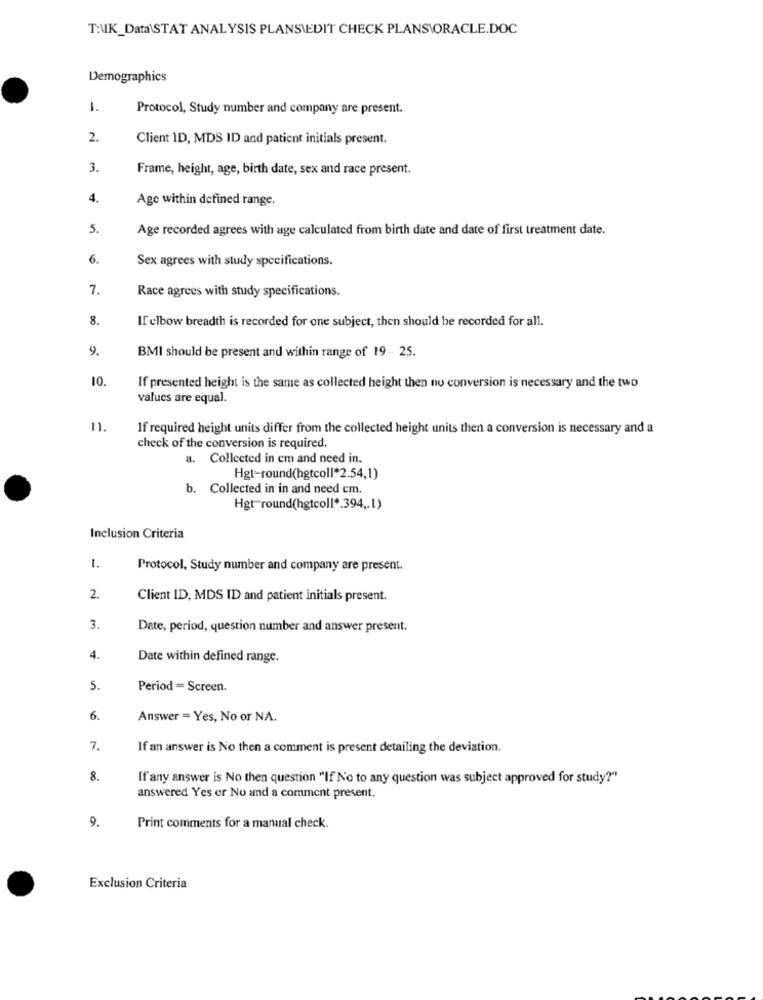
T:UK_Data\STAT ANALYSIS PLANSIEDIT CHECK PLANS\ORACLE.DOC
Demographics
1.
Protocol, Study number and company are present.
2.
Client ID, MDS ID and patient initials present.
3.
Frame, height, age, birth date, sex and race present.
4.
Age within defined range.
5.
Age recorded agrees with age calculated from birth date and date of first treatment date.
6.
Sex agrees with study specifications.
7.
Race agrees with study specifications.
8.
If elbow breadth is recorded for one subject, then should be recorded for all.
9.
BMI should be present and within range of 19 - 25.
10
If presented height is the same as collected height then no conversion is necessary and the two
values are equal.
If required height units differ from the collected height units then a conversion is necessary and a
check of the conversion is required.
a. Collected in cm and need in.
Hgt-round(hgtcoll*2.54,1)
b. Collected in in and need cm.
Hgt-round(hgtcoll *. 394 ,. 1)
Inclusion Criteria
Protocol, Study number and company are present.
2.
Client ID, MDS ID and patient initials present.
3.
Date, period, question number and answer present.
4.
Date within defined range.
5.
Period = Screen.
6.
Answer = Yes, No or NA.
7.
If an answer is No then a comment is present detailing the deviation.
8.
If any answer is No then question "If No to any question was subject approved for study?"
answered Yes or No and a comment present.
9.
Print comments for a manual check.
Exclusion Criteria